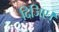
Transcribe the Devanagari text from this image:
दिजिए।